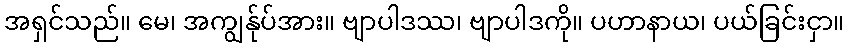
အရှင်သည်။ မေ၊ အကျွန်ုပ်အား။ ဗျာပါဒဿ၊ ဗျာပါဒကို။ ပဟာနာယ၊ ပယ်ခြင်းငှာ။